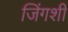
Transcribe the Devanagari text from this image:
जिंगशी